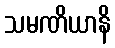
သမဏိယာနိ